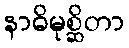
နာဓိမုစ္ဆိတာ